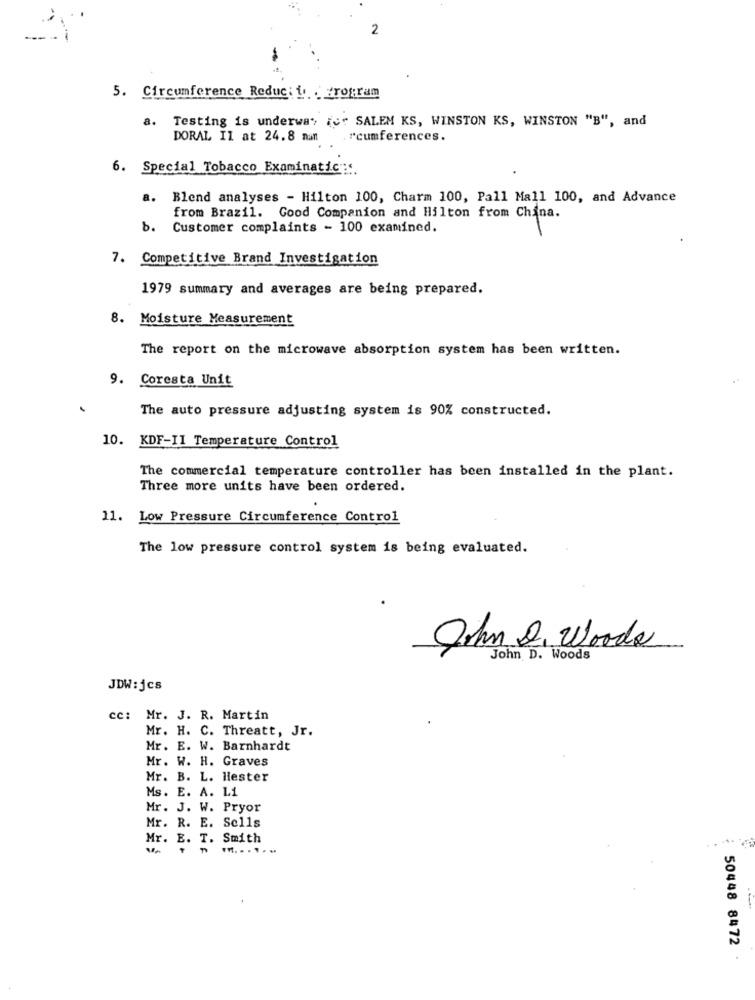
2
5. Circumference Reduc: i. . Program
a. Testing is underway ic: SALEM KS, WINSTON KS, WINSTON "B", and
DORAL Il at 24.8 nan .rcumferences.
6. Special Tobacco Examinatic ::
a. Blend analyses - Hilton 100, Charm 100, Pall Mall 100, and Advance
from Brazil. Good Companion and Hilton from China.
b. Customer complaints - 100 examined.
7. Competitive Brand Investigation
1979 summary and averages are being prepared.
8. Moisture Measurement
The report on the microwave absorption system has been written.
9. Coresta Unit
The auto pressure adjusting system is 90% constructed.
10. KDF-II Temperature Control
The commercial temperature controller has been installed in the plant.
Three more units have been ordered.
11. Low Pressure Circumference Control
The low pressure control system is being evaluated.
John 2. Woods
John D. Woods
JDW: jcs
cc: Mr. J. R. Martin
Mr. H. C. Threatt, Jr.
Mr. E. W. Barnhardt
Mr. W. H. Graves
Mr. B. L. Hester
Ms. E. A. L1
Mr. J. W. Pryor
Mr. R. E. Sells
Mr. E. T. Smith
50448 8472